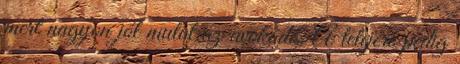
mert nagyon jól mutat az avokádó. A tetejére pedig